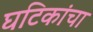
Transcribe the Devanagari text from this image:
घटिकांचा